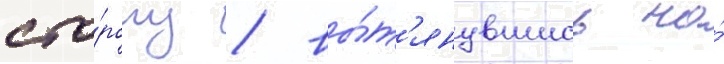
сто́рону / вы́т'янувшись на́